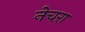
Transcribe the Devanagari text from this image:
नेचरा